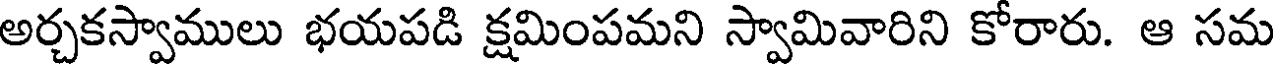
అర్చకస్వాములు భయపడి క్షమింపమని స్వామివారిని కోరారు. ఆ సమ